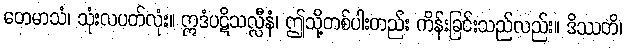
တေမာသံ၊ သုံးလပတ်လုံး။ ဣဒံပဋိသလ္လီနံ၊ ဤသို့တစ်ပါးတည်း ကိန်းခြင်းသည်လည်း။ ဒိဿတိ၊